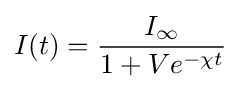
I(t)={\frac {I_{\infty }}{1+Ve^{-\chi t}}}